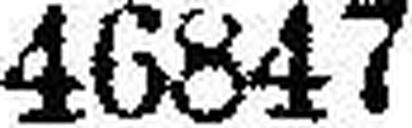
46847